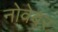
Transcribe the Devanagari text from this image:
नोवेबर